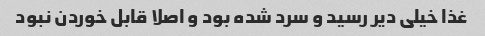
غذا خیلی دیر رسید و سرد شده بود و اصلا قابل خوردن نبود